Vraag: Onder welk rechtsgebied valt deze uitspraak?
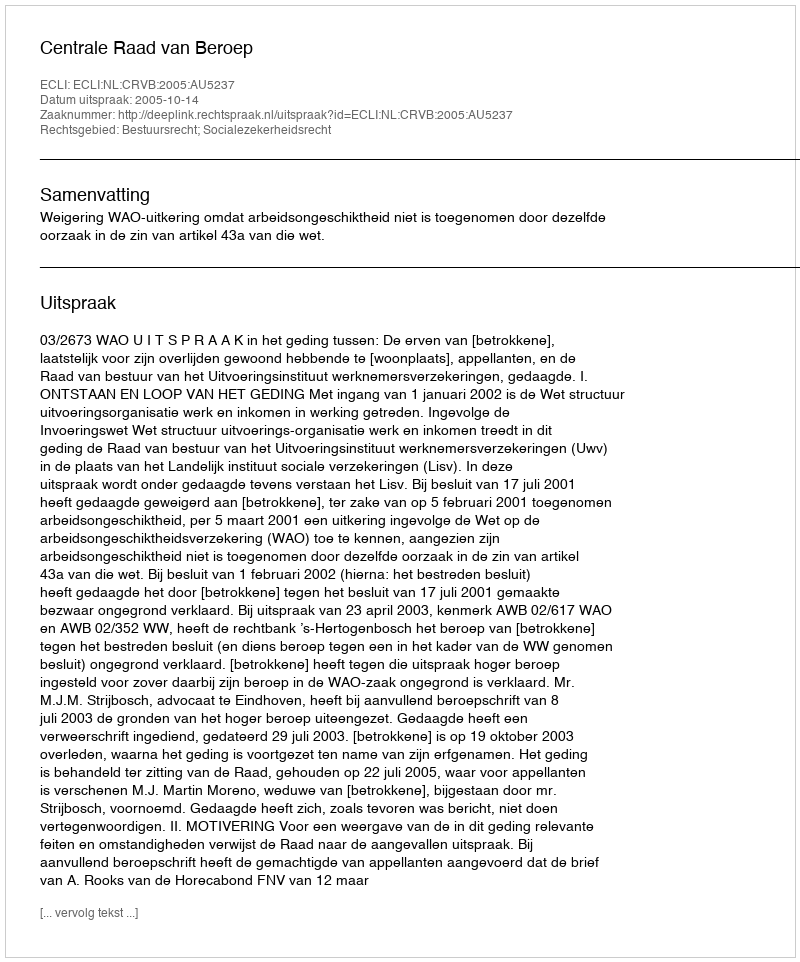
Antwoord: Bestuursrecht; Socialezekerheidsrecht